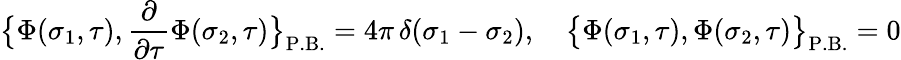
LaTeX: \bigl\{ \Phi(\sigma_{1},\tau),{\frac{\partial}{\partial\tau}}\Phi(\sigma_{2},\tau)\bigr\} _{\mathrm{P.B.}}=4\pi\, \delta(\sigma_{1}-\sigma_{2}),\quad\bigl\{ \Phi(\sigma_{1},\tau),\Phi(\sigma_{2},\tau)\bigr\} _{\mathrm{P.B.}}=0